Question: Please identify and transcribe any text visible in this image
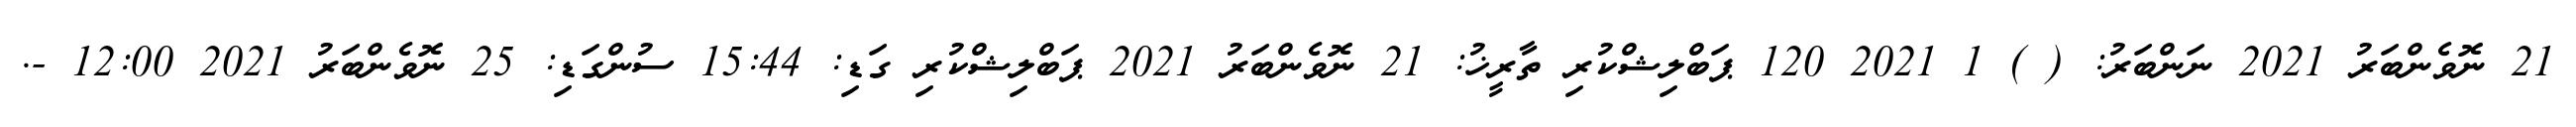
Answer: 21 ނޮވެންބަރު 2021 ނަންބަރު: ( ) 1 2021 120 ޕަބްލިޝްކުރި ތާރީޚު: 21 ނޮވެންބަރު 2021 ޕަބްލިޝްކުރި ގަޑި: 15:44 ސުންގަޑި: 25 ނޮވެންބަރު 2021 12:00 -.